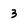
Character: 3